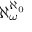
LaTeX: \aleph _ { \omega } ^ { \aleph _ { 0 } }